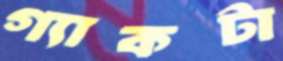
গ্যাকটা